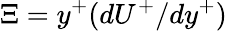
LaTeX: \Xi=y^{+}(dU^{+}/dy^{+})